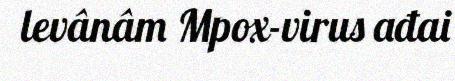
levânâm Mpox-virus ađai